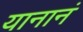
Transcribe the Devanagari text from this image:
यानानं